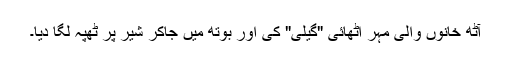
آٹھ خانوں والی مہر اٹھائی "گیلی" کی اور بوتھ میں جاکر شیر پر ٹھپہ لگا دیا۔